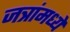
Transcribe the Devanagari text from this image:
जत्रांमध्ये